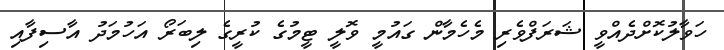
ހަވާލުކޮށްދެއްވީ ޝަރަފްވެރި މެހެމާން ގައުމީ ވޮލީ ޓީމުގެ ކުރީގެ ލިބަރޯ އަހުމަދު އާސިފާއި